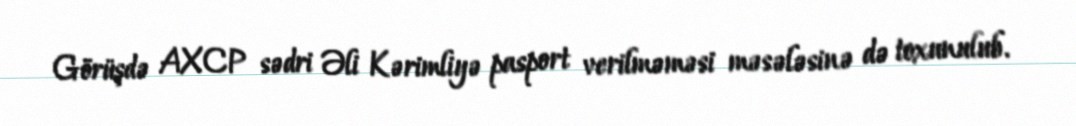
Görüşdə AXCP sədri Əli Kərimliyə pasport verilməməsi məsələsinə də toxunulub.